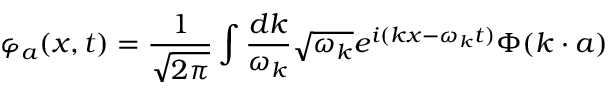
\varphi _ { a } ( x , t ) = { \frac { 1 } { \sqrt { 2 \pi } } } \int { \frac { d k } { \omega _ { k } } } \sqrt { \omega _ { k } } e ^ { i ( k x - \omega _ { k } t ) } \Phi ( k \cdot a )